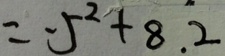
= - 5 ^ { 2 } + 8 . 2